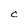
Character: C